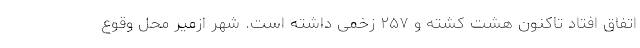
اتفاق افتاد تاکنون هشت کشته و ۲۵۷ زخمی داشته است. شهر ازمیر محل وقوع